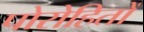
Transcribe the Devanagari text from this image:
पोरोहितों